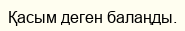
Қасым деген балаңды.